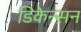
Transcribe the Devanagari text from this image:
डिकेन्सन